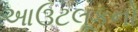
આઉટલૂકનો